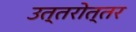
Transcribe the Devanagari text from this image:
उत्‍तरोत्‍तर